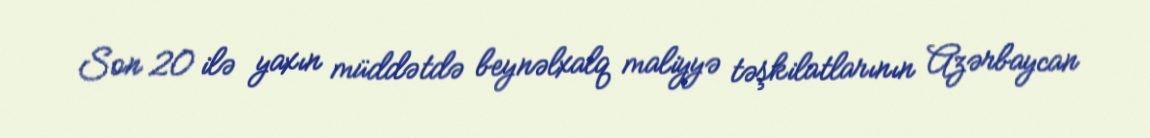
Son 20 ilə yaxın müddətdə beynəlxalq maliyyə təşkilatlarının Azərbaycan